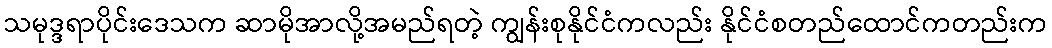
သမုဒ္ဒရာပိုင်းဒေသက ဆာမိုအာလို့အမည်ရတဲ့ ကျွန်းစုနိုင်ငံကလည်း နိုင်ငံစတည်ထောင်ကတည်းက